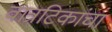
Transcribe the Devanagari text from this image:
वात्रटिकांचा